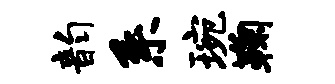
韵系琬鞠